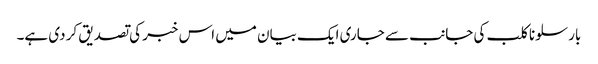
بارسلونا کلب کی جانب سے جاری ایک بیان میں اس خبر کی تصدیق کر دی ہے۔